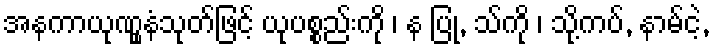
အနကာယုဏွူနံသုတ်ဖြင့် ယုပစ္စည်းကို ၊ န ပြု, သ်ကို ၊ သို့ကပ်, နာမ်ငဲ့,